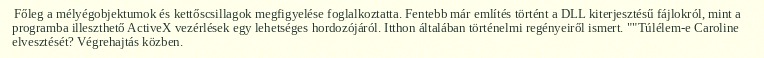
Főleg a mélyégobjektumok és kettőscsillagok megfigyelése foglalkoztatta. Fentebb már említés történt a DLL kiterjesztésű fájlokról, mint a programba illeszthető ActiveX vezérlések egy lehetséges hordozójáról. Itthon általában történelmi regényeiről ismert. ""Túlélem-e Caroline elvesztését? Végrehajtás közben.